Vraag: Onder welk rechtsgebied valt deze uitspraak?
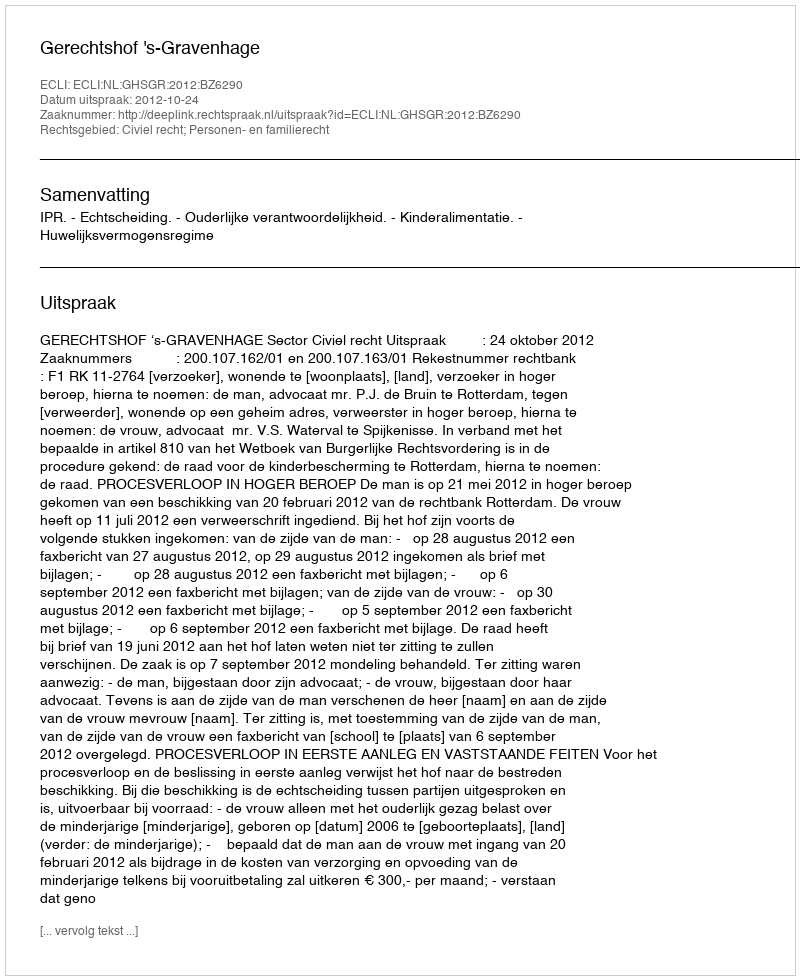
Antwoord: Civiel recht; Personen- en familierecht